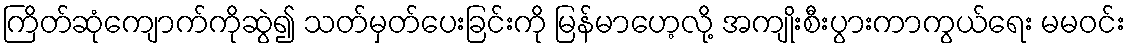
ကြိတ်ဆုံကျောက်ကိုဆွဲ၍ သတ်မှတ်ပေးခြင်းကို မြန်မာဟေ့လို့ အကျိုးစီးပွားကာကွယ်ရေး မမဝင်း